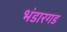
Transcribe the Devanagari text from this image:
भंडारगड